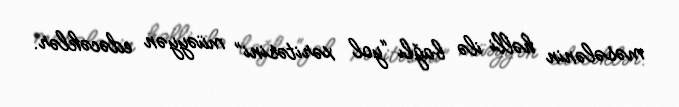
məsələnin həlli ilə bağlı “yol xəritəsini” müəyyən edəcəklər.